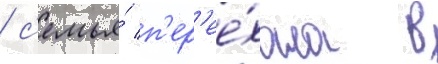
/ с'емья́ п'ер'ее́хала в